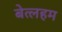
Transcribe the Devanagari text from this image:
बेत्लहम